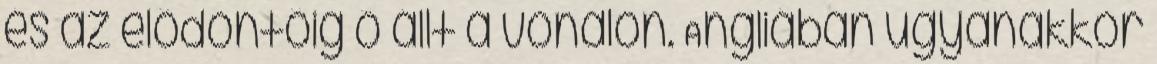
és az elődöntőig ő állt a vonalon. Angliában ugyanakkor